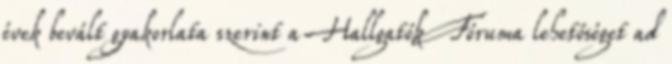
évek bevált gyakorlata szerint a Hallgatók Fóruma lehetőséget ad